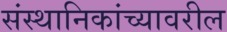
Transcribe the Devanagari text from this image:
संस्थानिकांच्यावरील